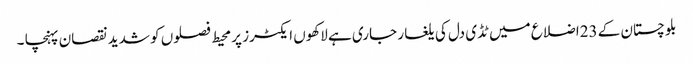
بلوچستان کے 23اضلاع میں ٹڈی دل کی یلغار جاری ہے لاکھوں ایکٹرز پر محیط فصلوں کو شدید نقصان پہنچا ۔